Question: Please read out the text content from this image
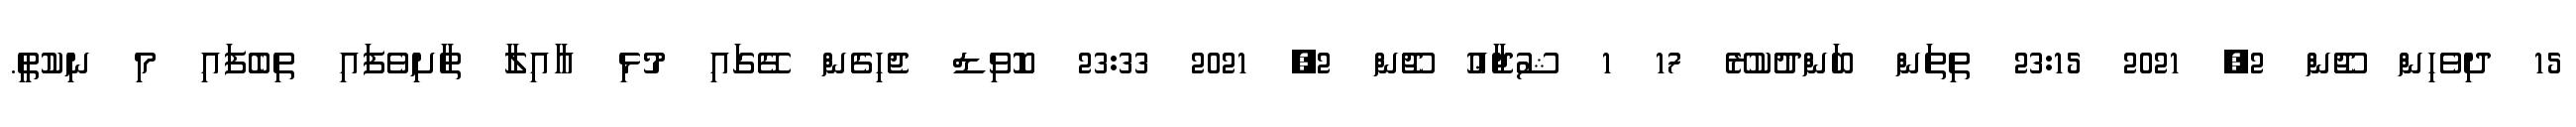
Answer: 15 ދިވެހިން ޖޫން 2, 2021 23:15 ތިތަން ބަންދުކުރޭ 17 1 ޝުޖާޢު ޖޫން 2, 2021 23:33 ކޮވިޑް ޖެހިގެން ގޭގައި މުޅި އާއިލާ ތާށިވެފައި ތިބެފައި މި ނިކުތީ.